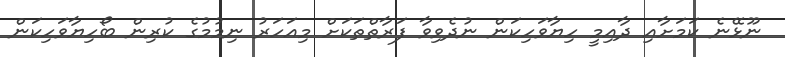
ނޫޅޭނެ ކަމަށާއި ދާއިމީ ހިޔާވަހިކަން ނުދެވިވާ ފަރާތްތަކަށް މިއަހަރު ނިމުމުގެ ކުރިން ބޯހިޔާވަހިކަން